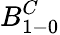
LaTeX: B_{1-0}^{C}